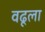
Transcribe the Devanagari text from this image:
वढूला